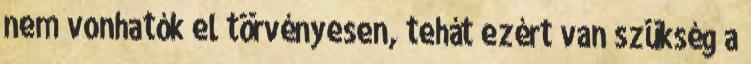
nem vonhatók el törvényesen, tehát ezért van szükség a